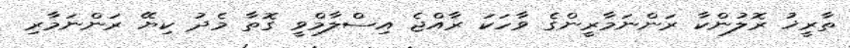
ތާރީޚު ރޮލުންކާ ރަންނަމާރީންގެ ވާހަކަ ރާއްޖެ އިސްލާމްވީ ގޮތާ މެދު ކިޔޭ ރަންނަމާރި